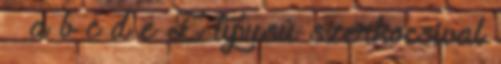
^ a b c d e E típusú szerkocsival